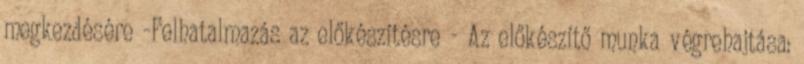
megkezdésére -Felhatalmazás az előkészítésre - Az előkészítő munka végrehajtása: